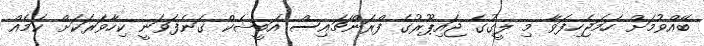
ބޭއްވުމަށް ހަމަޖެހިފަވާ މި ލީގުގެ ޖައިޕޫރުގެ ފްރަންޗައިސް އަބީޝެކް ގަނެފަވަނީ ކިހާވަރަކަށް ކަމެއް